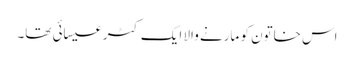
اس خاتون کو مارنے والا ایک کٹر عیسائی تھا۔